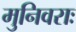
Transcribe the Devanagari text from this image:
मुनिवराः